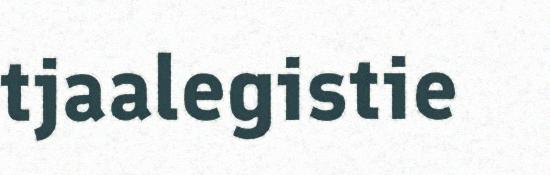
tjaalegistie